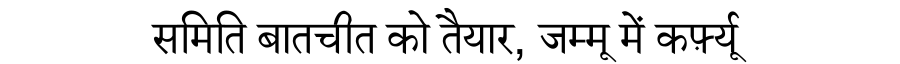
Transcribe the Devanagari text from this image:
समिति बातचीत को तैयार, जम्मू में कर्फ़्यू